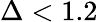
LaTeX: \Delta<1.2